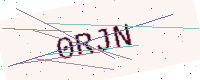
Text: 0RJN